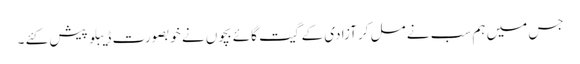
جس میں ہم سب نے مل کر آزادی کے گیت گائے بچوں نے خوبصورت ڈیبلو پیش کئے ۔